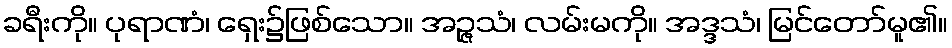
ခရီးကို။ ပုရာဏံ၊ ရှေး၌ဖြစ်သော။ အဉ္ဇသံ၊ လမ်းမကို။ အဒ္ဒသံ၊ မြင်တော်မူ၏။